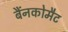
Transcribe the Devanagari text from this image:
बैंनकोमैट